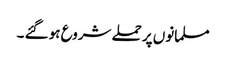
مسلمانوں پر حملے شروع ہو گئے ۔